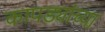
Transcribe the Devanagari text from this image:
कापड्यांच्या